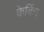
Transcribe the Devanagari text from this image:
केकिंग